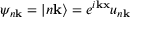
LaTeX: \psi _ { n \mathbf { k } } = | n \mathbf { k } \rangle = e ^ { i \mathbf { k } \mathbf { x } } u _ { n \mathbf { k } }